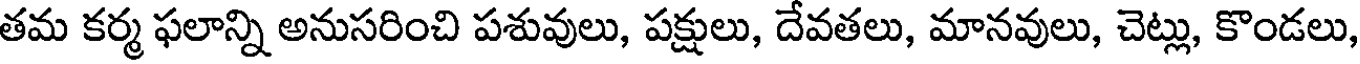
తమ కర్మ ఫలాన్ని అనుసరించి పశువులు, పక్షులు, దేవతలు, మానవులు, చెట్లు, కొండలు,